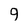
Character: g